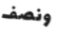
ونصف